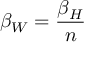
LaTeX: \beta _ { W } = \frac { \beta _ { H } } { n }